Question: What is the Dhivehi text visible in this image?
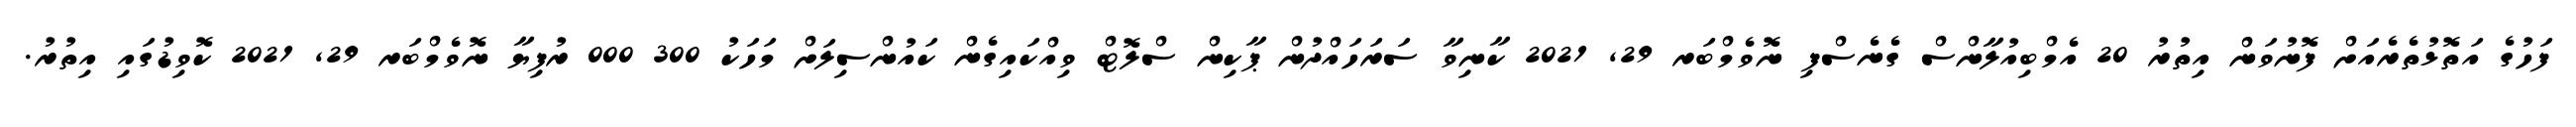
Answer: ފަހުގެ އަތޮޅުތެރެއަށް ފޮނުވަން އިތުރު 20 އެމްބިއުލާންސް ގެނެސްފި ނޮވެމްބަރ 29, 2021 ކާނިވާ ސަރަހައްދުން ޕާކިން ސްލޮޓް ވިއްކައިގެން ކައުންސިލަށް މަހަކު 300 000 ރުފިޔާ ނޮވެމްބަރ 29, 2021 ކޮވިޑުގައި އިތުރު.